Vaccination Hyderabad 1872-1889 - 1872-1889
Year: 1872
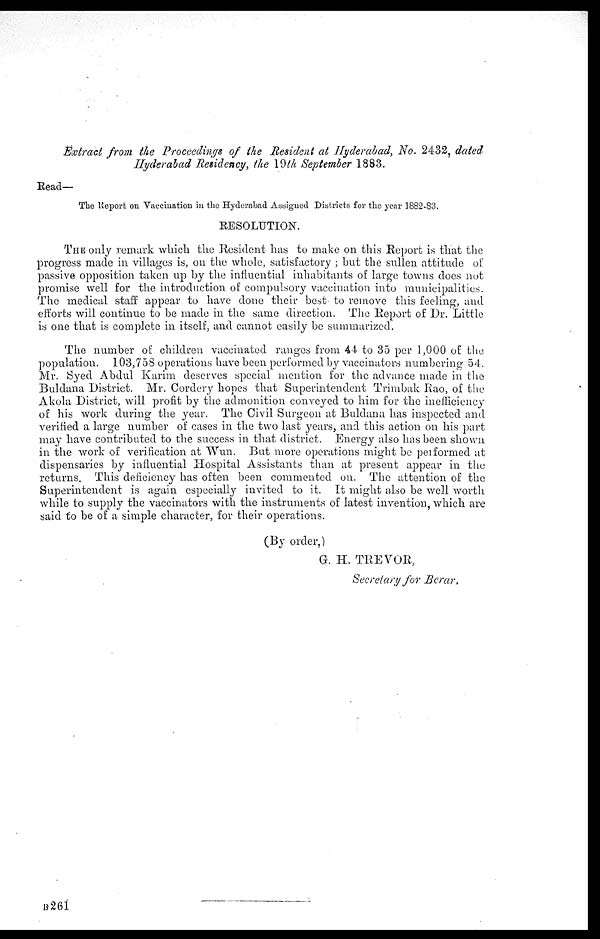
Extract from the Proceedings of the Resident at Hyderabad, No. 2432, dated
Hyderabad Residency, the 19th September 1883.
Read—
The Report on Vaccination in the Hyderabad Assigned Districts for the year 1882-83.
RESOLUTION.
THE only remark which the Resident has to make on this Report is that the
progress made in villages is, on the whole, satisfactory ; but the sullen attitude of
passive opposition taken up by the influential inhabitants of large towns does not
promise well for the introduction of compulsory vaccination into municipalities.
The medical staff appear to have done their best to remove this feeling, and
efforts will continue to be made in the same direction. The Report of Dr. Little
is one that is complete in itself, and cannot easily be summarized.
The number of children vaccinated ranges from 44 to 35 per 1,000 of the
population. 103,758 operations have been performed by vaccinators numbering 54.
Mr. Syed Abdul Karim deserves special mention for the advance made in the
Buldana District. Mr. Cordery hopes that Superintendent Trimbak Rao, of the
Akola District, will profit by the admonition conveyed to him for the inefficiency
of his work during the year. The Civil Surgeon at Buldana has inspected and
verified a large number of cases in the two last years, and this action on his part
may have contributed to the success in that district. Energy also has been shown
in the work of verification at Wun. But more operations might be performed at
dispensaries by influential Hospital Assistants than at present appear in the
returns. This deficiency has often been commented on. The attention of the
Superintendent is again especially invited to it. It might also be well worth
while to supply the vaccinators with the instruments of latest invention, which are
said to be of a simple character, for their operations.
(By order,)
G. H. TREVOR,
Secretary for Berar,
B261